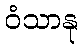
ဝံသာနု